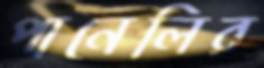
পানেলির